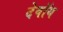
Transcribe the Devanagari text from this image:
देवॉय